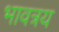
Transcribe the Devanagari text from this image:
भावत्रय